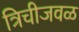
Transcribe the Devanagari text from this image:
त्रिचीजवळ